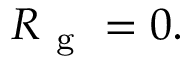
R _ { \mathrm { ~ g ~ } } = 0 .